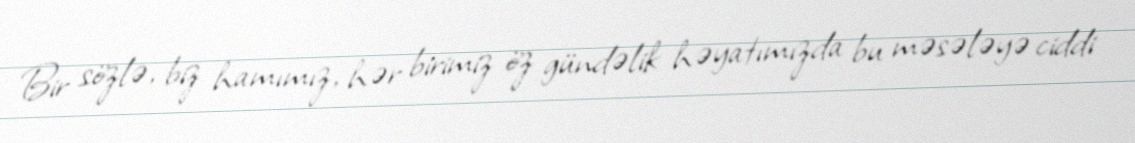
Bir sözlə, biz hamımız, hər birimiz öz gündəlik həyatımızda bu məsələyə ciddi